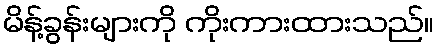
မိန့်ခွန်းများကို ကိုးကားထားသည်။